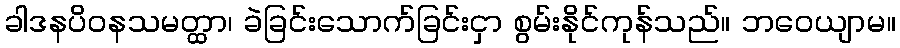
ခါဒနပိဝနသမတ္ထာ၊ ခဲခြင်းသောက်ခြင်းငှာ စွမ်းနိုင်ကုန်သည်။ ဘဝေယျာမ။